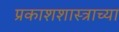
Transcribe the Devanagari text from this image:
प्रकाशशास्त्राच्या